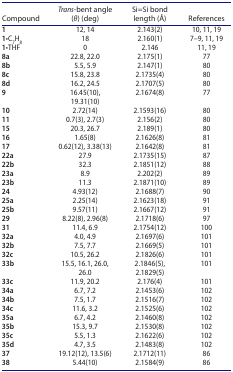
<table><thead><tr><td><b>Compound</b></td><td><b><i>Trans</i>-bent angle (<i>θ</i>) (deg)</b></td><td><b>Si=Si bond length (Å)</b></td><td><b>References</b></td></tr></thead><tbody><tr><td><b>1</b></td><td>12, 14</td><td>2.143(2)</td><td>10, 11, 19</td></tr><tr><td><b>1</b>•C<sub>7</sub>H<sub>8</sub></td><td>18</td><td>2.160(1)</td><td>7–9, 11, 19</td></tr><tr><td><b>1</b>•THF</td><td>0</td><td>2.146</td><td>11, 19</td></tr><tr><td><b>8a</b></td><td>22.8, 22.0</td><td>2.175(1)</td><td>77</td></tr><tr><td><b>8b</b></td><td>5.5, 5.9</td><td>2.147(1)</td><td>80</td></tr><tr><td><b>8c</b></td><td>15.8, 23.8</td><td>2.1735(4)</td><td>80</td></tr><tr><td><b>8d</b></td><td>16.2, 24.5</td><td>2.1707(5)</td><td>80</td></tr><tr><td><b>9</b></td><td>16.45(10), 19.31(10)</td><td>2.1674(8)</td><td>77</td></tr><tr><td><b>10</b></td><td>2.72(14)</td><td>2.1593(16)</td><td>80</td></tr><tr><td><b>11</b></td><td>0.7(3), 2.7(3)</td><td>2.156(2)</td><td>80</td></tr><tr><td><b>15</b></td><td>20.3, 26.7</td><td>2.189(1)</td><td>80</td></tr><tr><td><b>16</b></td><td>1.65(8)</td><td>2.1626(8)</td><td>81</td></tr><tr><td><b>17</b></td><td>0.62(12), 3.38(13)</td><td>2.1642(8)</td><td>81</td></tr><tr><td><b>22a</b></td><td>27.9</td><td>2.1735(15)</td><td>87</td></tr><tr><td><b>22b</b></td><td>32.3</td><td>2.1851(12)</td><td>88</td></tr><tr><td><b>23a</b></td><td>8.9</td><td>2.202(2)</td><td>89</td></tr><tr><td><b>23b</b></td><td>11.3</td><td>2.1871(10)</td><td>89</td></tr><tr><td><b>24</b></td><td>4.93(12)</td><td>2.1688(7)</td><td>90</td></tr><tr><td><b>25a</b></td><td>2.25(14)</td><td>2.1623(18)</td><td>91</td></tr><tr><td><b>25b</b></td><td>9.57(11)</td><td>2.1667(12)</td><td>91</td></tr><tr><td><b>29</b></td><td>8.22(8), 2.96(8)</td><td>2.1718(6)</td><td>97</td></tr><tr><td><b>31</b></td><td>11.4, 6.9</td><td>2.1754(12)</td><td>100</td></tr><tr><td><b>32a</b></td><td>4.0, 4.9</td><td>2.1697(6)</td><td>101</td></tr><tr><td><b>32b</b></td><td>7.5, 7.7</td><td>2.1669(5)</td><td>101</td></tr><tr><td><b>32c</b></td><td>10.5, 26.2</td><td>2.1826(6)</td><td>101</td></tr><tr><td><b>33b</b></td><td>15.5, 16.1, 26.0, 26.0</td><td>2.1846(5), 2.1829(5)</td><td>101</td></tr><tr><td><b>33c</b></td><td>11.9, 20.2</td><td>2.176(4)</td><td>101</td></tr><tr><td><b>34a</b></td><td>6.7, 7.2</td><td>2.1453(6)</td><td>102</td></tr><tr><td><b>34b</b></td><td>7.5, 1.7</td><td>2.1516(7)</td><td>102</td></tr><tr><td><b>34c</b></td><td>11.6, 3.2</td><td>2.1525(6)</td><td>102</td></tr><tr><td><b>35a</b></td><td>6.7, 4.2</td><td>2.1460(8)</td><td>102</td></tr><tr><td><b>35b</b></td><td>15.3, 9.7</td><td>2.1530(8)</td><td>102</td></tr><tr><td><b>35c</b></td><td>5.5, 1.3</td><td>2.1622(6)</td><td>102</td></tr><tr><td><b>35d</b></td><td>4.7, 3.5</td><td>2.1483(8)</td><td>102</td></tr><tr><td><b>37</b></td><td>19.12(12), 13.5(6)</td><td>2.1712(11)</td><td>86</td></tr><tr><td><b>38</b></td><td>5.44(10)</td><td>2.1584(9)</td><td>86</td></tr></tbody></table>